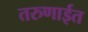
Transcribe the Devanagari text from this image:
तरुणाईत